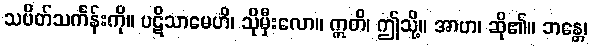
သပိတ်သင်္ကန်းကို။ ပဋိသာမေဟိ၊ သိုမှီးလော။ ဣတိ၊ ဤသို့။ အာဟ၊ ဆို၏။ ဘန္တေ၊